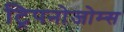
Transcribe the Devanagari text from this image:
ट्रिपनोजोम्स